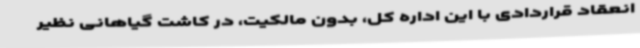
انعقاد قراردادی با این اداره کل، بدون مالکیت، در کاشت گیاهانی نظیر